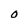
Character: O